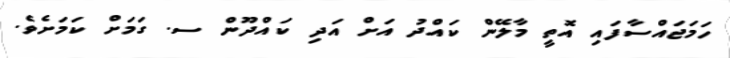
ހަމަޖައްސާފައި އޮތީ މާލޭން ކައްދު އަށް އަދި ކައްދޫން ސ. ގަމަށް ކަމަށެވެ.